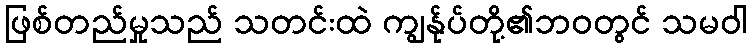
ဖြစ်တည်မှုသည် သတင်းထဲ ကျွန်ုပ်တို့၏ဘဝတွင် သမဝါ